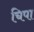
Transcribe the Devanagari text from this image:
चिपा